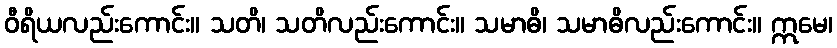
ဝီရိယလည်းကောင်း။ သတိ၊ သတိလည်းကောင်း။ သမာဓိ၊ သမာဓိလည်းကောင်း။ ဣမေ၊